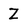
Character: Z